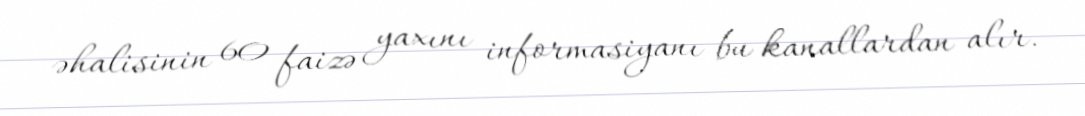
əhalisinin 60 faizə yaxını informasiyanı bu kanallardan alır.